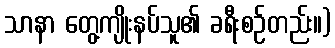
သာနာ တွေ့ကျိုးနပ်သူ၏ ခရီးစဉ်တည်း။)